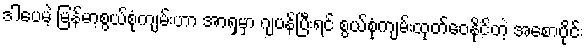
ဒါပေမဲ့ မြန်မာ့စွယ်စုံကျမ်းဟာ အာရှမှာ ဂျပန်ပြီးရင် စွယ်စုံကျမ်းထုတ်ဝေနိုင်တဲ့ အစောပိုင်း